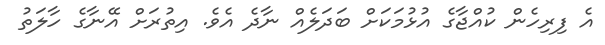
އެ ފިރިހެން ކުއްޖާގެ އުޅުމަކަށް ބަދަލެއް ނާދެ އެވެ. އިތުރަށް އޭނާގެ ހާލަތު